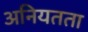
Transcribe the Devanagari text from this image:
अनियतता